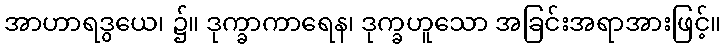
အာဟာရဒွယေ၊ ၌။ ဒုက္ခာကာရေန၊ ဒုက္ခဟူသော အခြင်းအရာအားဖြင့်။